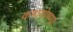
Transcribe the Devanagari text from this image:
कषायोष्णा